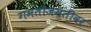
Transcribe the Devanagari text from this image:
गमतीजमतींवर